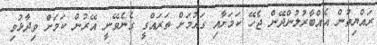
ރައްޔިތުން އެއްބާރުލުންދޭން ޖެހޭ ކަމަށާއި ގައުމަށް ތަރައްގީ ގެނެވޭނީ އޭރުން ކަމަށް ވިދާޅުވި